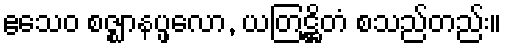
ဧသေဝ စဇ္ဈာနပ္ဖလော, ယတြဋ္ဌိတံ စသည်တည်း။